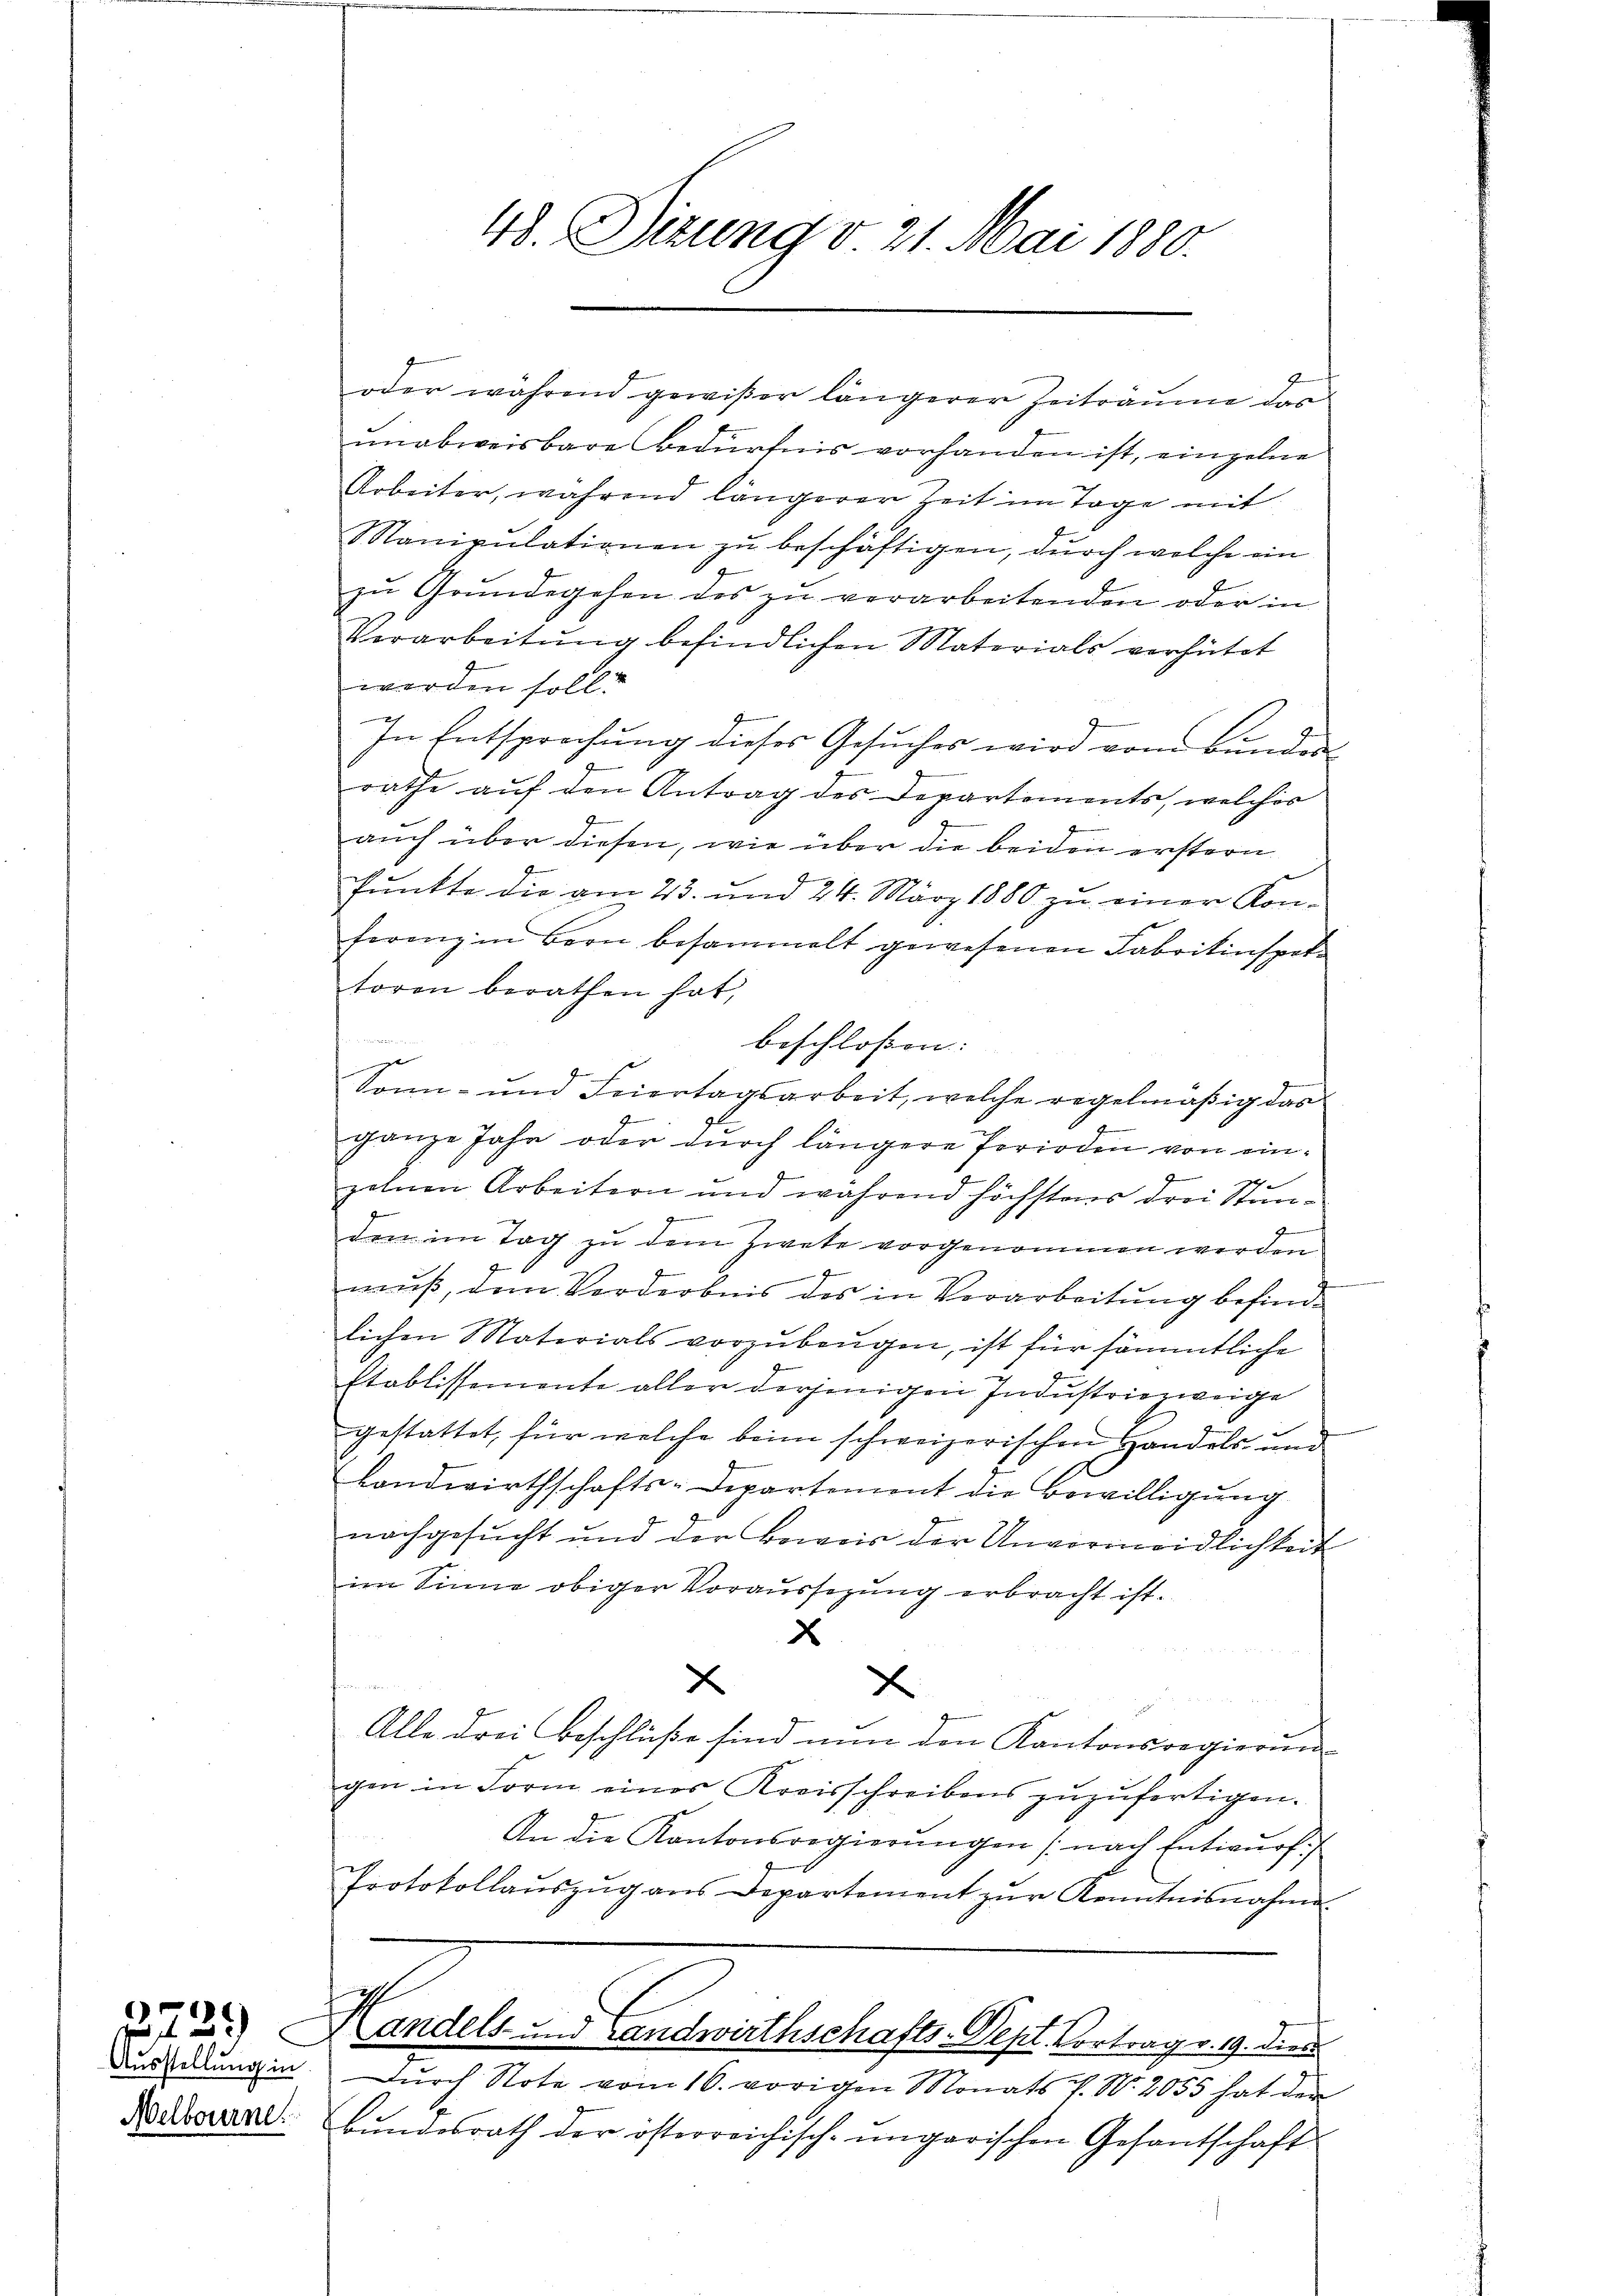
Ausstellung in
Melbourne.

e
.29)

48. Ditung v. 21. Mai 1880.

oder während gewißer längerer Zeiträume das
unabweisbare Bedürfnis vorhanden ist, einzelne
Arbeiter, während längerer Zeit im Tage mit
Manipulationen zu beschäftigen, durch welche ein
zŭ Grŭndegehen des zŭ verarbeitenden oder in
Verarbeitŭng befindlichen Materials verhütet
worden soll.
In Entsprechung dieses Gesucher wird von Bundes-
rathe auf den Antrag des Departements, welcher
auch über diesen, wie über die beiden erstern
E
Punkte die am 23. und 24. März 1880 zu einer Kon-
ferenz in Bern besammelt gewesenen Fabrikinspektoren berathen hat,
beschloßen:
zu
Sonn- und Feiertagsarbeit, welche regelmäßig das
2
ganze Jahr oder dŭrch längere Perioden von einzelnen Arbeitern und während höchstens drei Stun¬
7
den im Tag zu dem Zwete vorgenommen werden
.
muß, dem Vorderbnis des in Verarbeitung befindlichen Materials vorzubeugen, ist für sämmtliche
Etablissemente aller derjenigen Industriezweige
gestattet, für welche beim schweizerischen Handels- und
Landwirthschafts-Departement die Bewilligŭng
nachgesŭcht und der Beweis der Unvermeidlichkeit
im Sinne obiger Voraussezung erbracht ist.
x
E
x
Alle drei Beschlüße sind nun den Kantonsregierung
gen in Form eines Kreisschreibens zŭzŭfertigen.
An die Kantonsregierŭngen (nach Entwurf.
Protokollaŭszŭg ans Departement zŭr Kenntnisnahme
I
andels- und Landwirthschafts-Sept. Vortrag v. 19. dies
Durch Note vom 16. vorigen Monats J. N. 2055 hat der
3
Bundesrath der österreichisch-ungarischen Gesantschaft